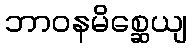
ဘာဝနမိစ္ဆေယျ